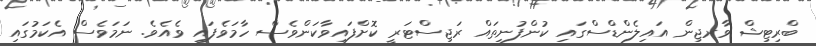
ބްރިޓިޝް ވާރޖިން އައިލެންޑްސްގައި ކުންފުނިތައް ރަޖިސްޓަރީ ކޮށްފައިވާކަންވެސް ހާމަވެފައި ވެއެވެ. ނަމަވެސް އެކަމުގައި